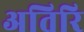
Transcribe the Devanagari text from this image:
अतिरि